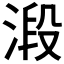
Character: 𣹂